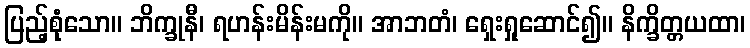
ပြည့်စုုံံသော။ ဘိက္ခုနီ၊ ရဟန်းမိန်းမကို။ အာဘတံ၊ ရှေးရှုဆောင်၍။ နိက္ခိတ္တယထာ၊